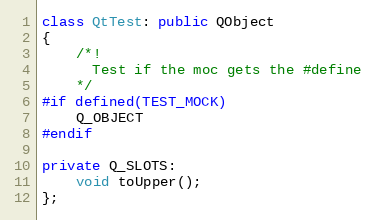
Language: C++
class QtTest: public QObject
{
    /*!
      Test if the moc gets the #define
    */
#if defined(TEST_MOCK)
    Q_OBJECT
#endif

private Q_SLOTS:
    void toUpper();
};